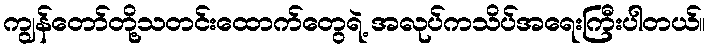
ကျွန်တော်တို့သတင်းထောက်တွေရဲ့ အလုပ်ကသိပ်အရေးကြီးပါတယ်။